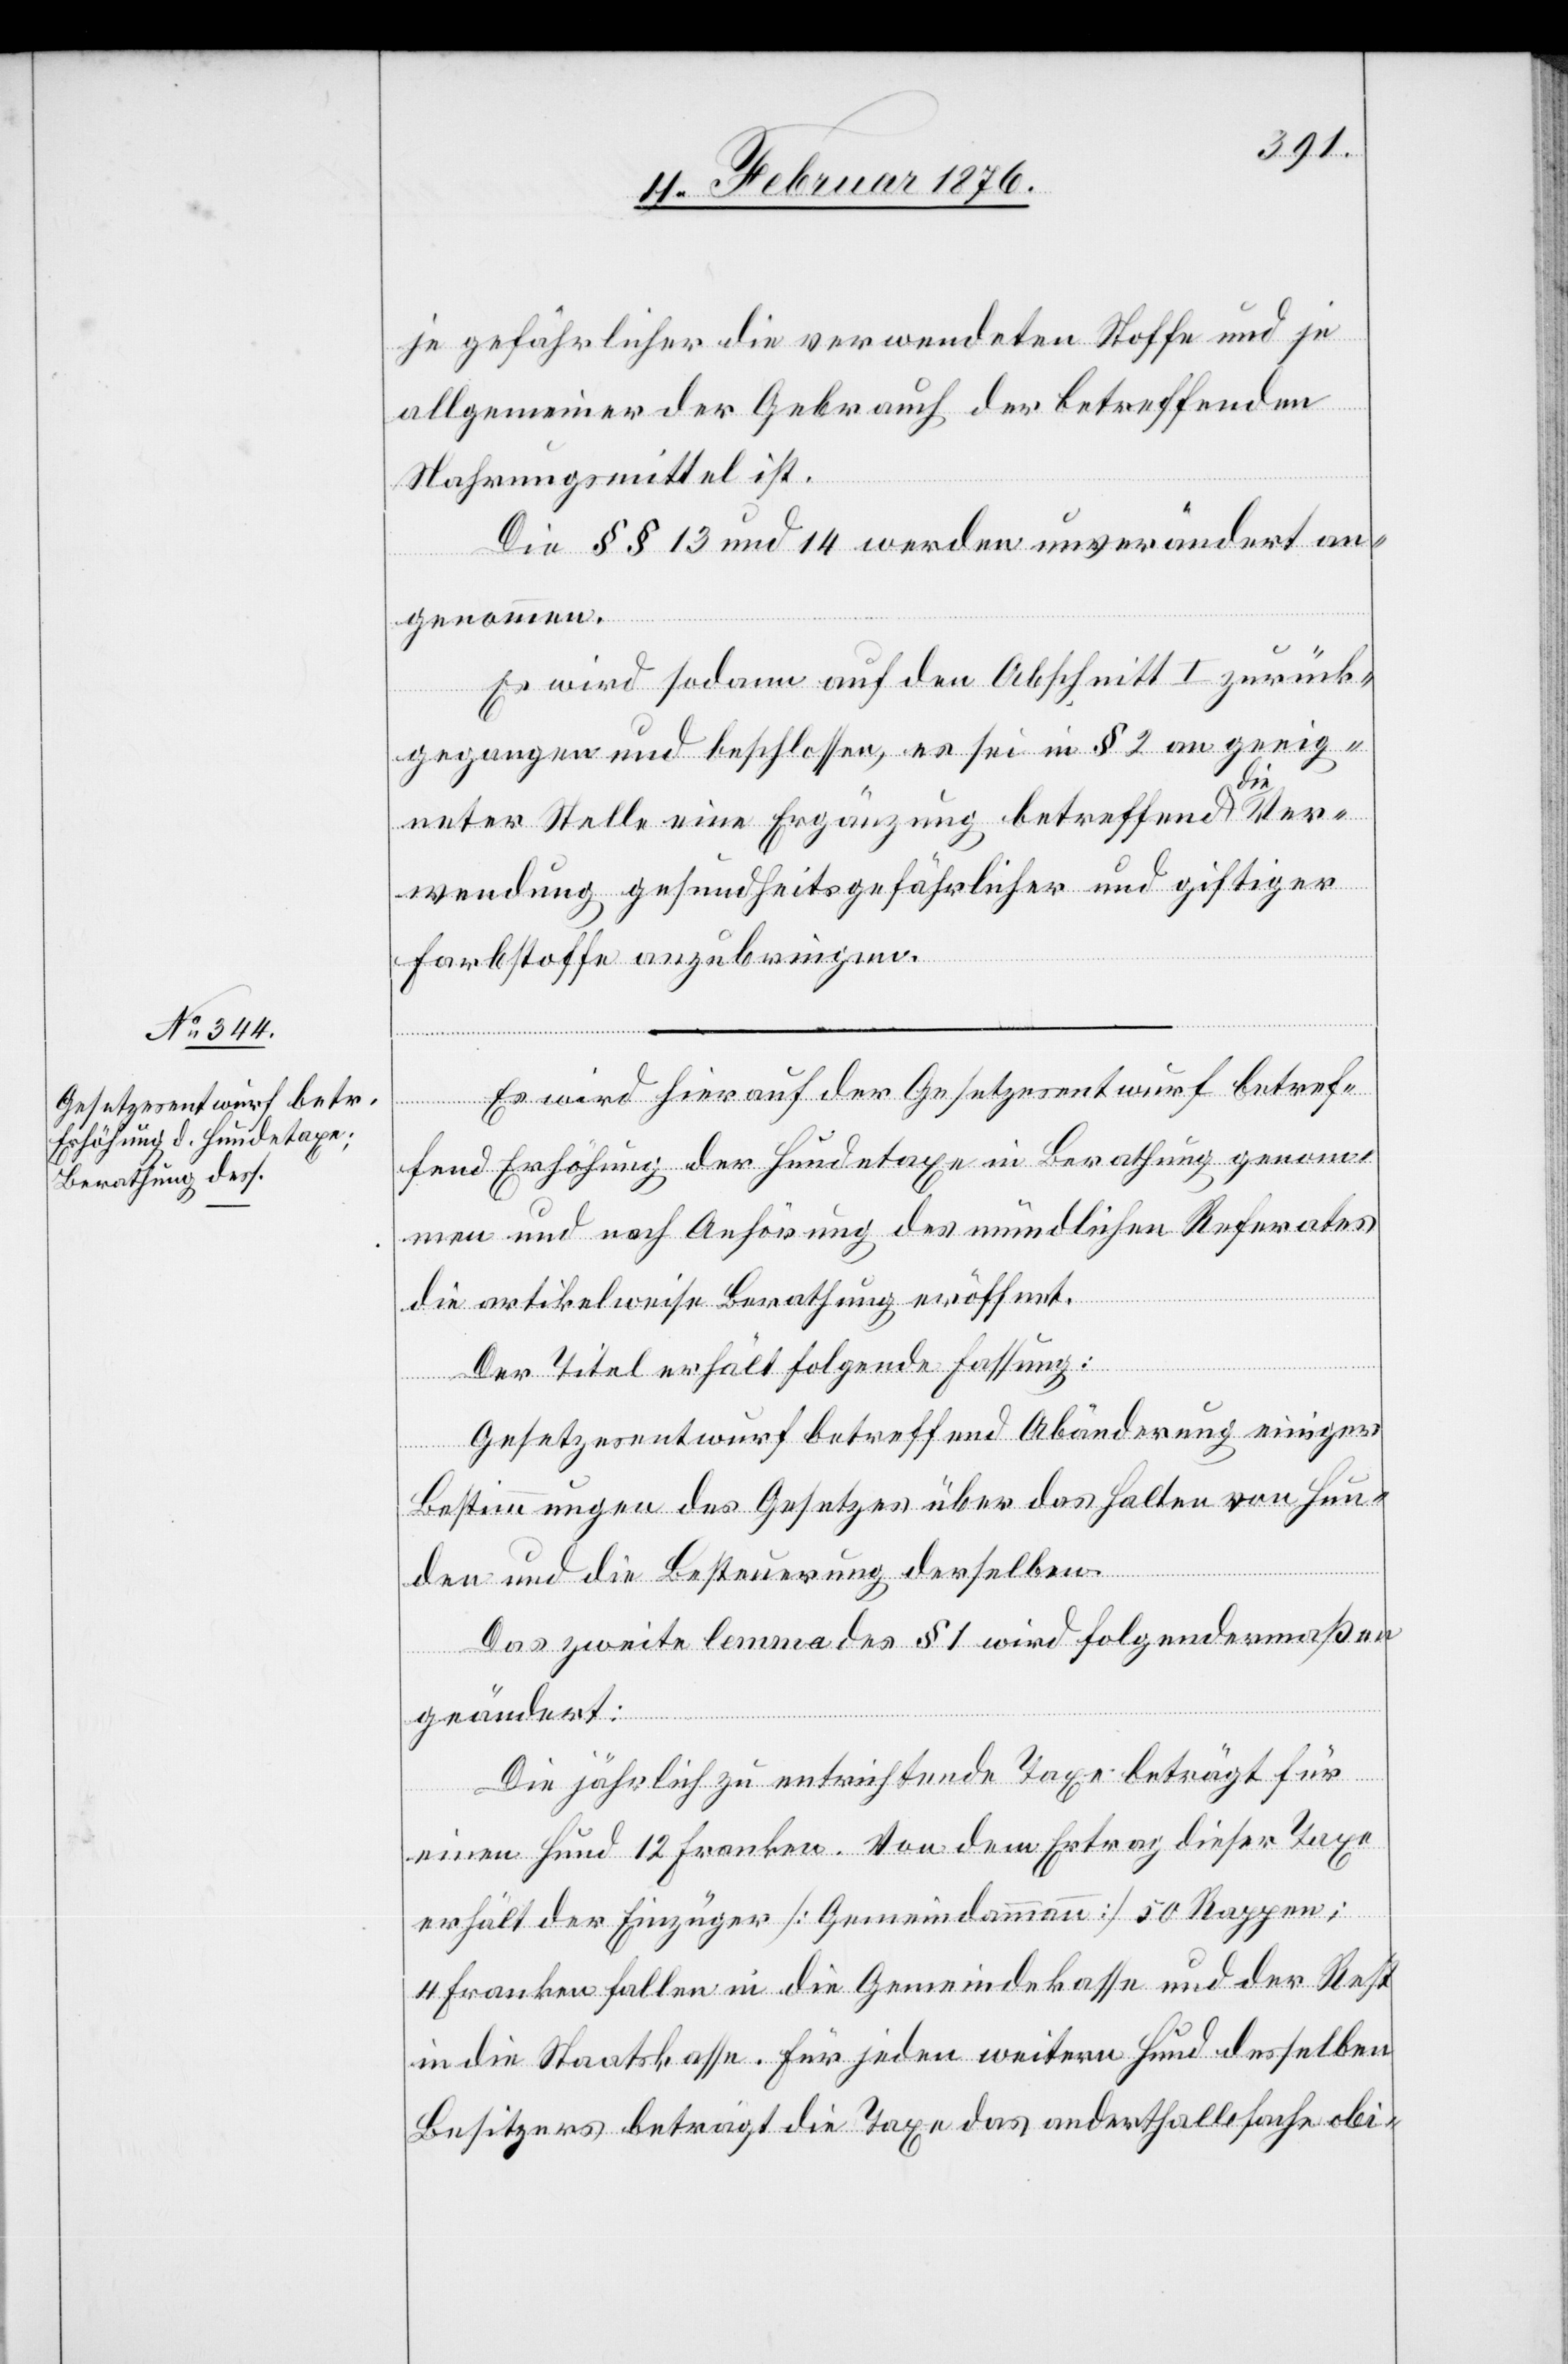
je gefährlicher die verwendeten Stoffe und je
allgemeiner der Gebrauch der betroffenen
Nahrungsmittel ist.
Die §§ 13 und 14 werden unverändert an¬
genommen.
Es wird sodann auf den Abschnitt I zurück¬
gegangen und beschlossen, es sei in § 2 an geeig¬
neter Stelle eine Ergänzung betreffend die Ver¬
wendung gesundheitsgefährlicher und giftiger
Farbstoffe anzubringen.
Es wird hierauf der Gesetzesentwurf betref¬
fend Erhöhung der Hundetaxe in Berathung genom¬
men und nach Anhörung des mündlichen Referenten
die artikelweise Berathung eröffnet.
Der Titel erhält folgende Fassung:
Gesetzesentwurf betreffend Abänderung einiger
Bestimmungen des Gesetzes über das Halten von Hun¬
den und die Besteuerung derselben.
Das zweite lemma des § 1 wird folgendermaßen
geändert:
Die jährlich zu entrichtende Taxe beträgt für
einen Hund 12 Franken. Von dem Ertrag dieser Taxe
erhält der Einzüger [Gemeindeammann] 50 Rappen;
4 Franken fallen in die Gemeindekasse und der Rest
in die Staatskasse. Für jeden weiteren Hund desselben
Besitzers beträgt die Taxe das anderthalbfache obi-